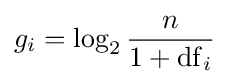
g_{i}=\log _{2}{\frac {n}{1+\mathrm {df} _{i}}}